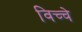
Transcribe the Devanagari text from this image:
विच्चे